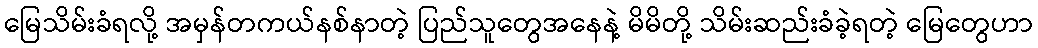
မြေသိမ်းခံရလို့ အမှန်တကယ်နစ်နာတဲ့ ပြည်သူတွေအနေနဲ့ မိမိတို့ သိမ်းဆည်းခံခဲ့ရတဲ့ မြေတွေဟာ